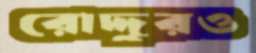
রোদ্দুরও